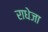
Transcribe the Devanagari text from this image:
राधेजा